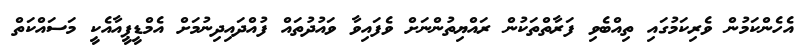
އެހެންކަމުން ވެރިކަމުގައި ތިއްބެވި ފަރާތްތަކުން ރައްޔިތުންނަށް ވެފައިވާ ވައުދުތައް ފުއްދައިދިނުމަށް އެމްޑީޕީއާއެކީ މަސައްކަތް